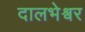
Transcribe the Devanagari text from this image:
दालभेश्वर